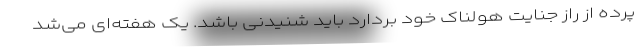
پرده از راز جنایت هولناک خود بردارد باید شنیدنی باشد. یک هفته‌ای می‌شد